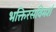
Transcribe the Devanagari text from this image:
भक्तिरसविमर्श